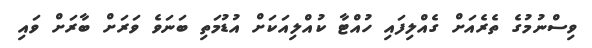
ވިސްނުމުގެ ތެރެއަށް ގެއްލިފައި ހުއްޓާ ކުއްލިއަކަށް އުޑުމަތި ބަނަވެ ވަރަށް ބާރަށް ވައި